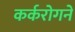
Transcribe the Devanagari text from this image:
कर्करोगने